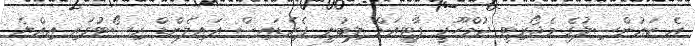
އެ ކައުންސިލުގެ މެޖޯރިޓީ ޖުމްހޫރީ ޕާޓީއަށް ލިބުނީ ޕެރެޑައިސް އައިލެންޑް ރިސޯޓުގައި އިއްޔެ